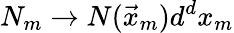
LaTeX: N_{m}\rightarrow N(\vec{x}_{m})d^{d}x_{m}